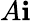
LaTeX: A\mathbf{i}